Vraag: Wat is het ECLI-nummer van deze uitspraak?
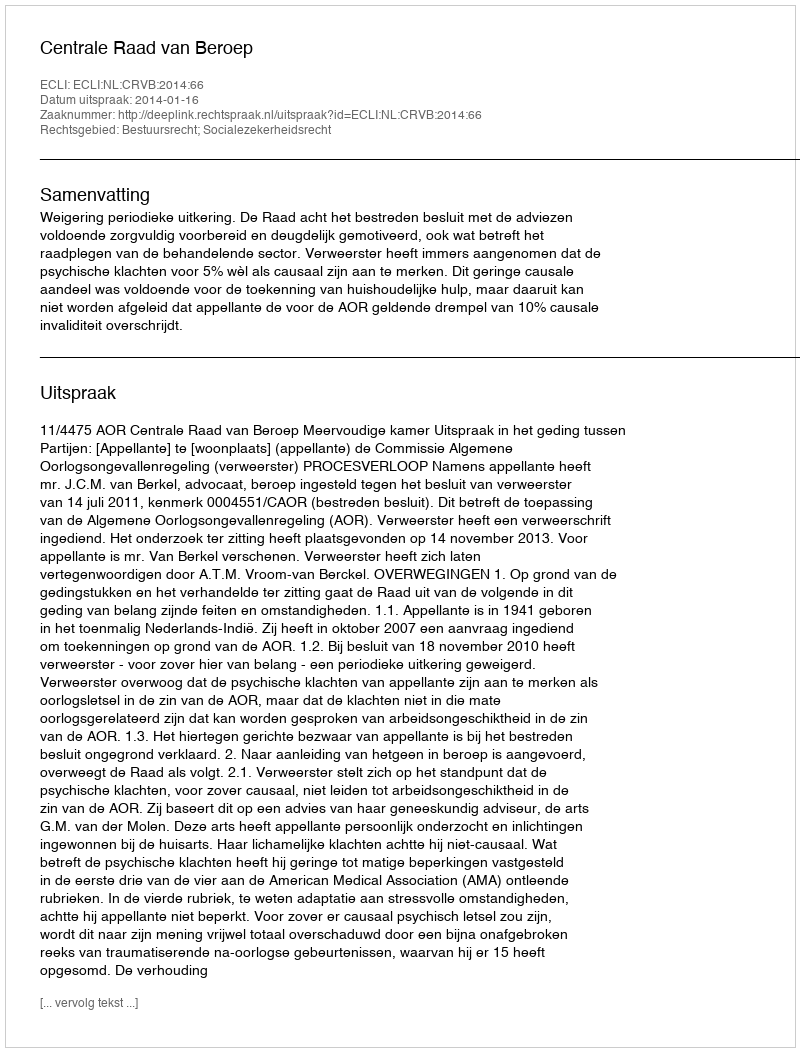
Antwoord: ECLI:NL:CRVB:2014:66